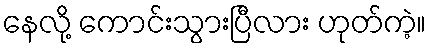
နေလို့ ကောင်းသွားပြီလား ဟုတ်ကဲ့။